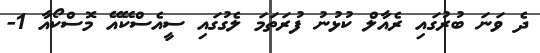
ދެ ވަނަ ބުރުގައި ރެއާލް ކުޅުނު ފުރަތަމަ ލެގުގައި ސީއެސްކޭއޭ މޮސްކޯއާ 1-